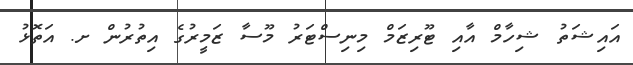
އައިޝަތު ޝިހާމް އާއި ޓޫރިޒަމް މިނިސްޓަރު މޫސާ ޒަމީރުގެ އިތުރުން ށ. އަތޮޅު